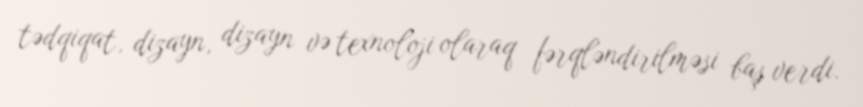
tədqiqat, dizayn, dizayn və texnoloji olaraq fərqləndirilməsi baş verdi.